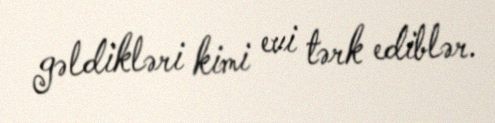
gəldikləri kimi evi tərk ediblər.